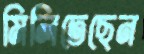
মিলিতেছেন